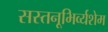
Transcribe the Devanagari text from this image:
सस्तनूभिर्व्यशेम